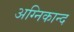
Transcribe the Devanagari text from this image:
अग्निकान्द